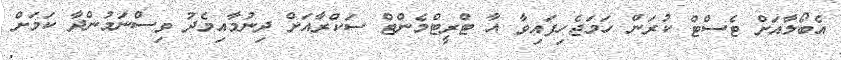
އެބޯލާއަށް ޓެސްޓް ކުރަން ހަމަޖެހިފައިވާ އާ ޓްރީޓްމެންޓް ސަކްރާއަށް ދިނުމާއިމެދު ވިސްނަމުންދާ ކަމަށް